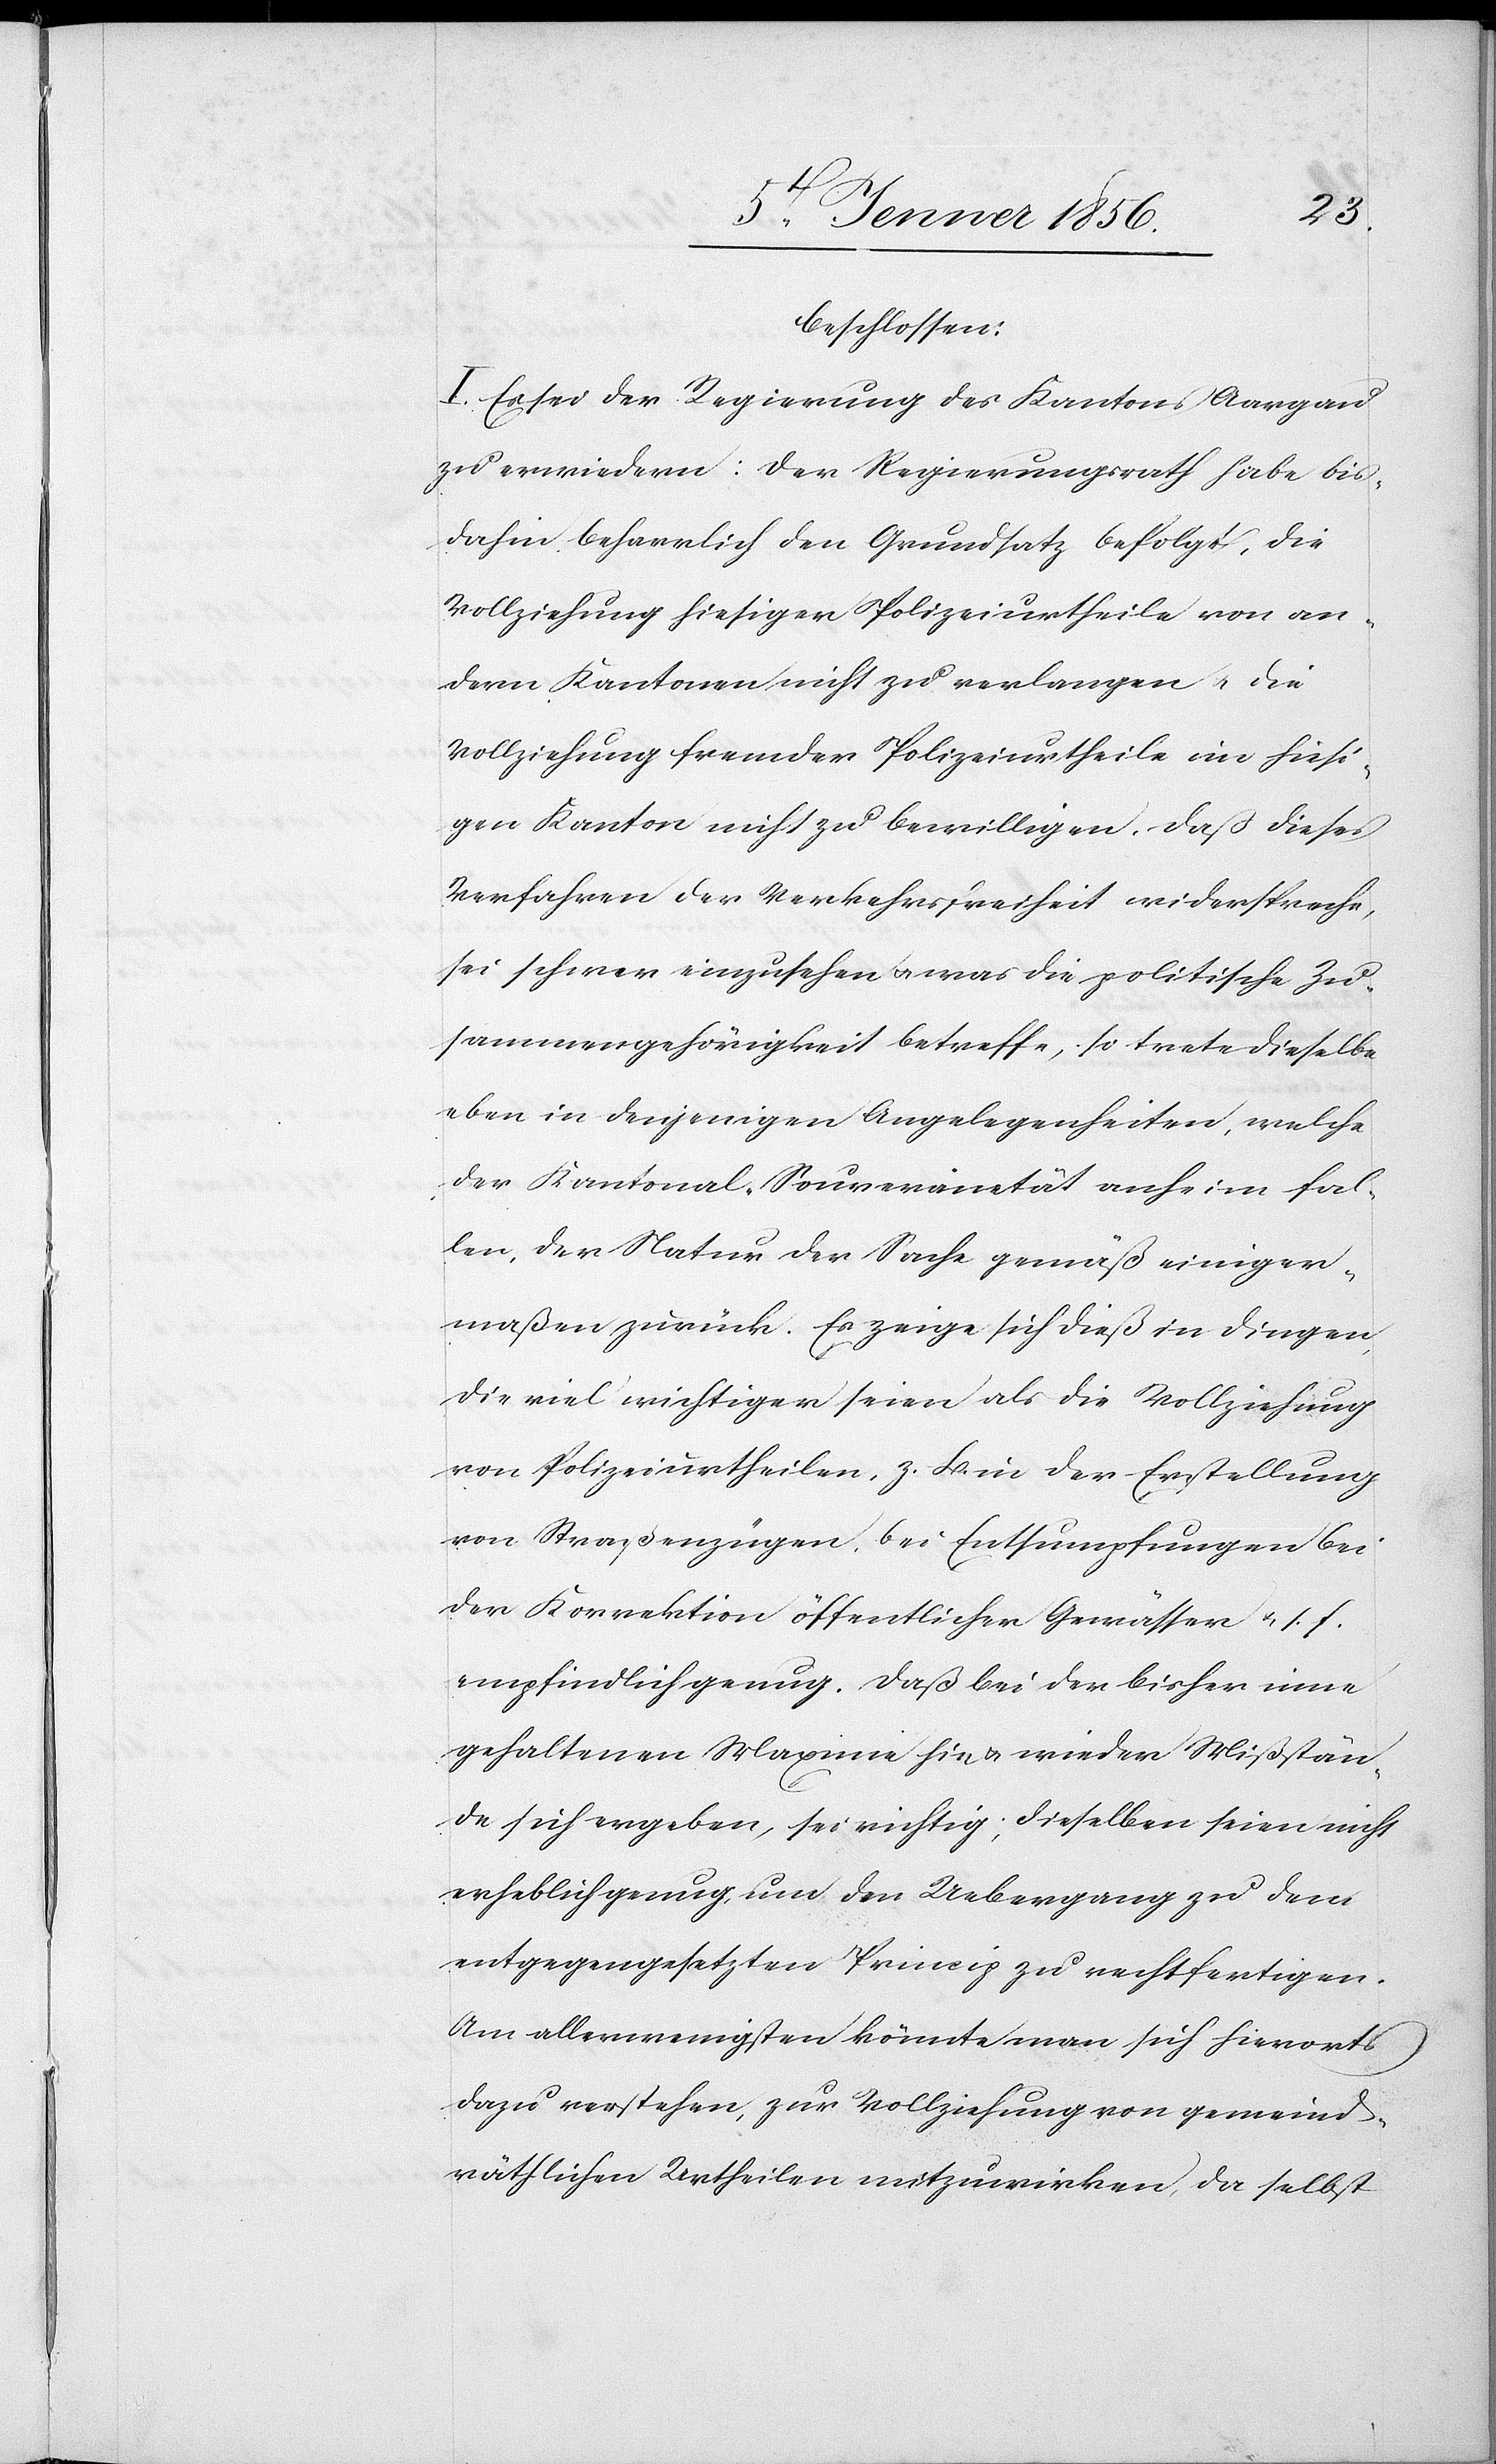
beschlossen:
I. Es sei der Regierung des Kantons Aargau
zu erwiedern: Der Regierungsrath habe bis¬
dahin beharrlich den Grundsatz befolgt, die
Vollziehung hiesiger Polizeiurtheile von an¬
dern Kantonen nicht zu verlangen u. die
Vollziehung fremder Polizeiurtheile im hiesi¬
gen Kanton nicht zu bewilligen. Daß dieses
Verfahren der Verkehrsfreiheit widerspreche,
sei schwer einzusehen u. was die politische Zu¬
sammengehörigkeit betreffe, so trete dieselbe
eben in denjenigen Angelegenheiten, welche
der Kantonal-Souverainetät anheim fal¬
len, der Natur der Sache gemäß einiger¬
maßen zurück. Es zeige sich dieß in Dingen,
die viel wichtiger seien als die Vollziehung
von Polizeiurtheilen, z. B. in der Erstellung
von Straßenzügen, bei Entsumpfungen bei
der Korrektion öffentlicher Gewässer u. s. f.
empfindlich genug. Daß bei der bisher inne
gehaltenen Maxime hin u. wieder Mißstän¬
de sich ergeben, sei richtig; dieselben seien nicht
erheblich genug, um den Uebergang zu dem
entgegengesetzten Princip zu rechtfertigen.
Am allerwenigsten könnte man sich hierorts
dazu verstehen, zur Vollziehung von gemeind¬
sräthlichen Urtheilen mitzuwirken, da selbst